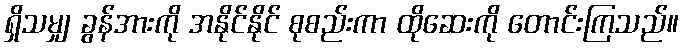
ရှိသမျှ ခွန်အားကို အနိုင်နိုင် စုစည်းကာ ထိုဆေးကို တောင်းကြသည်။